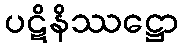
ပဋိနိဿဋ္ဌော